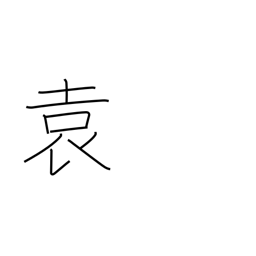
Meaning: long kimono